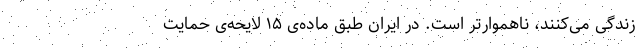
زندگی می‌کنند، ناهموارتر است. در ایران طبق ماده‌ی ۱۵ لایحه‌ی حمایت